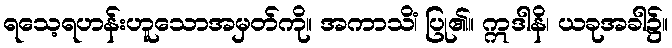
ရသေ့ရဟန်းဟူသောအမှတ်ကို။ အကာသိံ၊ ပြု၏။ ဣဒါနိ၊ ယခုအခါ၌။